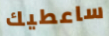
ساعطيك